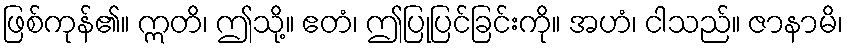
ဖြစ်ကုန်၏။ ဣတိ၊ ဤသို့။ ဧတံ၊ ဤပြုပြင်ခြင်းကို။ အဟံ၊ ငါသည်။ ဇာနာမိ၊